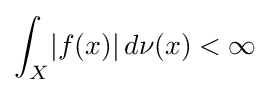
\int _{X}\!|f(x)|\,d\nu (x)<\infty